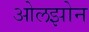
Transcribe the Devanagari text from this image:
ओलझोन